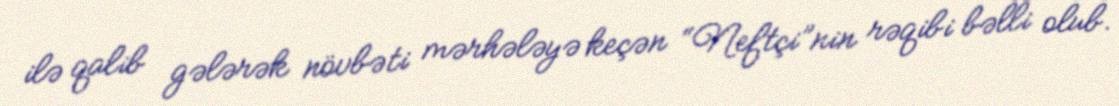
ilə qalib gələrək növbəti mərhələyə keçən “Neftçi”nin rəqibi bəlli olub.